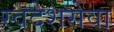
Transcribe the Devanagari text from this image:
स्वदेशसेवा